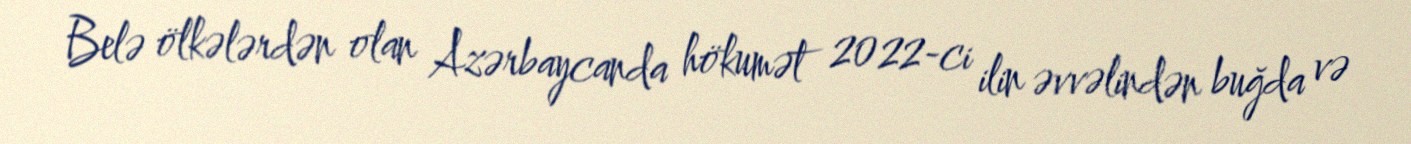
Belə ölkələrdən olan Azərbaycanda hökumət 2022-ci ilin əvvəlindən buğda və